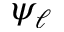
\psi _ { \ell }